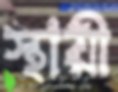
স্থায়ী